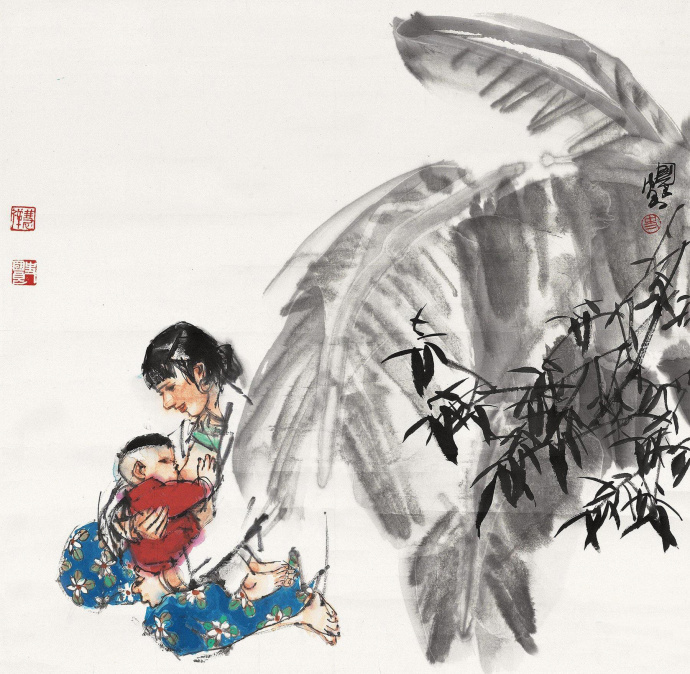
南风吹其心，摇摇为谁吐？